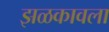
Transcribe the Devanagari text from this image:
झळकावला